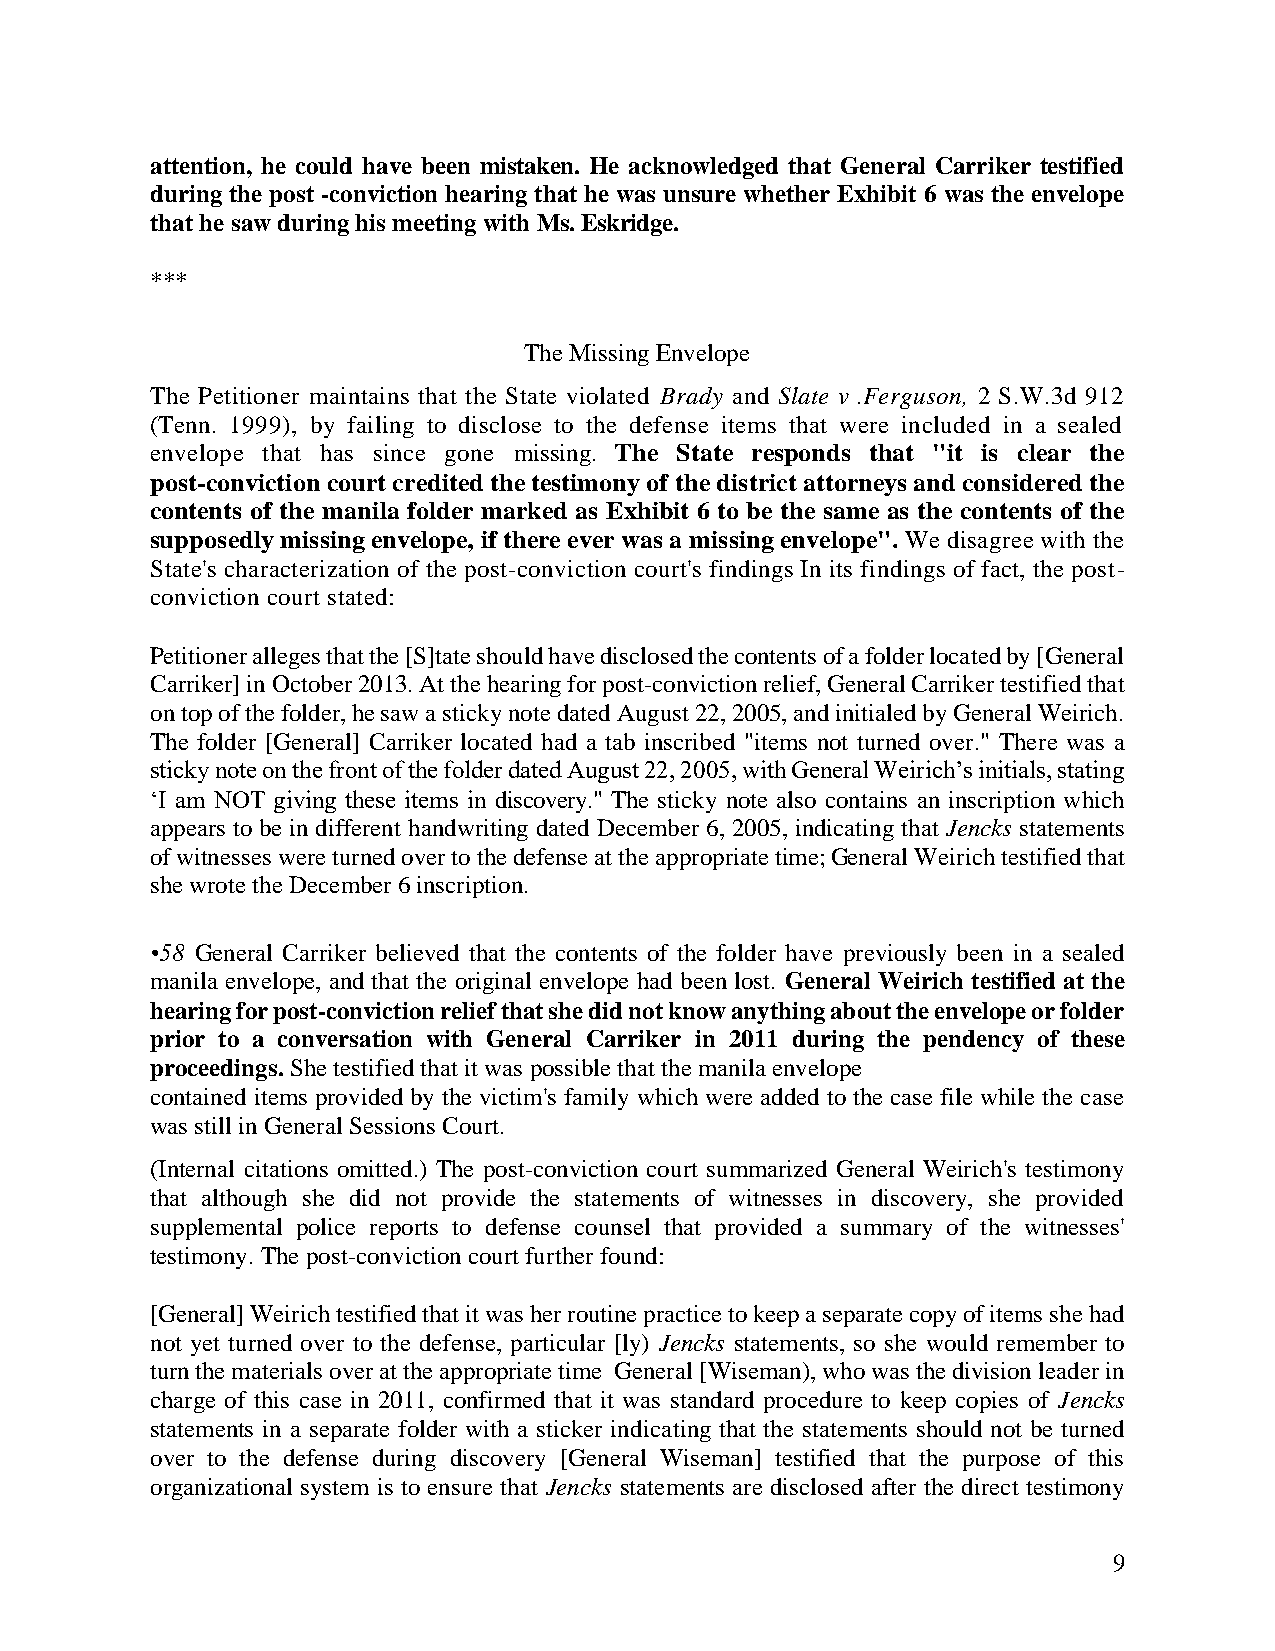
attention, he could have been mistaken. He acknowledged that General Carriker testified
 during the post -conviction hearing that he was unsure whether Exhibit 6 was the envelope
 that he saw during his meeting with Ms. Eskridge.
 ***
 The Missing Envelope
 The Petitioner maintains that the State violated Brady and Slate v .Ferguson, 2 S.W.3d 912
 (Tenn. 1999), by failing to disclose to the defense items that were included in a sealed
 envelope that has since gone missing. The State responds that "it is clear the
 post conviction court credited the testimony of the district attorneys and considered the
 contents of the manila folder marked as Exhibit 6 to be the same as the contents of the
 supposedly missing envelope, if there ever was a missing envelope". We disagree with the
 State's characterization of the post-conviction court's findings In its findings of fact, the post-
 conviction court stated:
 Petitioner alleges that the [S]tate should have disclosed the contents of a folder located by [General
 Carriker] in October 2013. At the hearing for post-conviction relief, General Carriker testified that
 on top of the folder, he saw a sticky note dated August 22, 2005, and initialed by General Weirich.
 The folder [General] Carriker located had a tab inscribed "items not turned over." There was a
 sticky note on the front of the folder dated August 22, 2005, with General Weirich’s initials, stating
 ‘I am NOT giving these items in discovery." The sticky note also contains an inscription which
 appears to be in different handwriting dated December 6, 2005, indicating that Jencks statements
 of witnesses were turned over to the defense at the appropriate time; General Weirich testified that
 she wrote the December 6 inscription.
 •58 General Carriker believed that the contents of the folder have previously been in a sealed
 manila envelope, and that the original envelope had been lost. General Weirich testified at the
 hearing for post-conviction relief that she did not know anything about the envelope or folder
 prior to a conversation with General Carriker in 2011 during the pendency of these
 proceedings. She testified that it was possible that the manila envelope
 contained items provided by the victim's family which were added to the case file while the case
 was still in General Sessions Court.
 (Internal citations omitted.) The post-conviction court summarized General Weirich's testimony
 that although she did not provide the statements of witnesses in discovery, she provided
 supplemental police reports to defense counsel that provided a summary of the witnesses'
 testimony. The post-conviction court further found:
 [General] Weirich testified that it was her routine practice to keep a separate copy of items she had
 not yet turned over to the defense, particular [ly) Jencks statements, so she would remember to
 turn the materials over at the appropriate time General [Wiseman), who was the division leader in
 charge of this case in 2011, confirmed that it was standard procedure to keep copies of Jencks
 statements in a separate folder with a sticker indicating that the statements should not be turned
 over to the defense during discovery [General Wiseman] testified that the purpose of this
 organizational system is to ensure that Jencks statements are disclosed after the direct testimony
 9